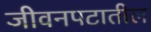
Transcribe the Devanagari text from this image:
जीवनपटातील